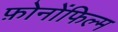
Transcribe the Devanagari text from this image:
फ़ोनोंफिल्म